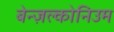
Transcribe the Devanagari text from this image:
बेन्ज़ल्कोनिउम